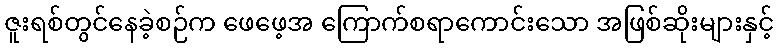
ဇူးရစ်တွင်နေခဲ့စဉ်က ဖေဖေ့အ ကြောက်စရာကောင်းသော အဖြစ်ဆိုးများနှင့်